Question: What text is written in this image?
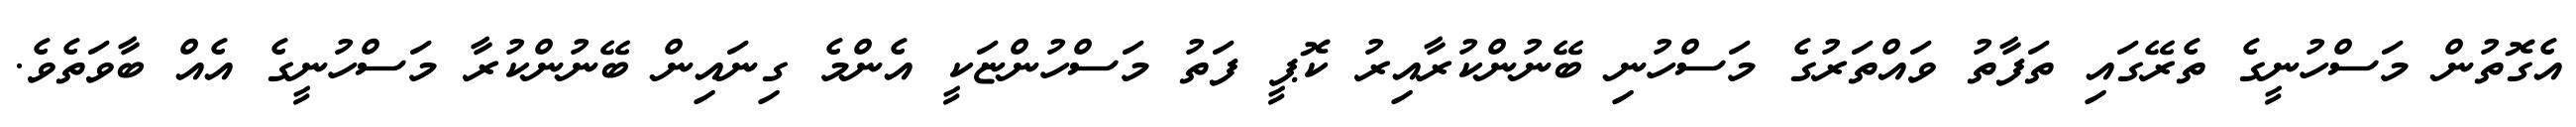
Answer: އެގޮތުން މަސްހުނީގެ ތެރޭގައި ތަފާތު ވައްތަރުގެ މަސްހުނި ބޭނުންކުރާއިރު ކޮޕީ ފަތު މަސްހުންޏަކީ އެންމެ ގިނައިން ބޭނުންކުރާ މަސްހުނީގެ އެއް ބާވަތެވެ.